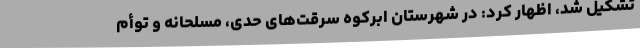
تشکیل شد، اظهار کرد: در شهرستان ابرکوه سرقت‌های حدی، مسلحانه و توأم